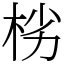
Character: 㭞